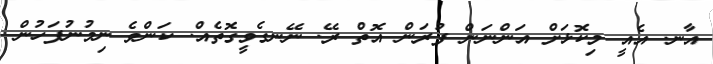
އާނ. އެއީ މިކޮޅަށް އަންނަން ފުރަން އޮތް ރޭ. ނޭނގެވީގޮތެއް. ކަންވެ ނިމުނުފަހުން